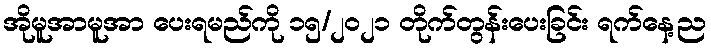
အိုမူအာမူအာ ပေးရမည်ကို ၁၅/၂၀၂၁ တိုက်တွန်းပေးခြင်း ရက်နေ့ည